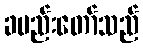
ခမည်းတော်သည်